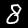
Digit: 8